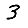
Digit: 3